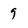
Character: 9